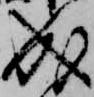
成